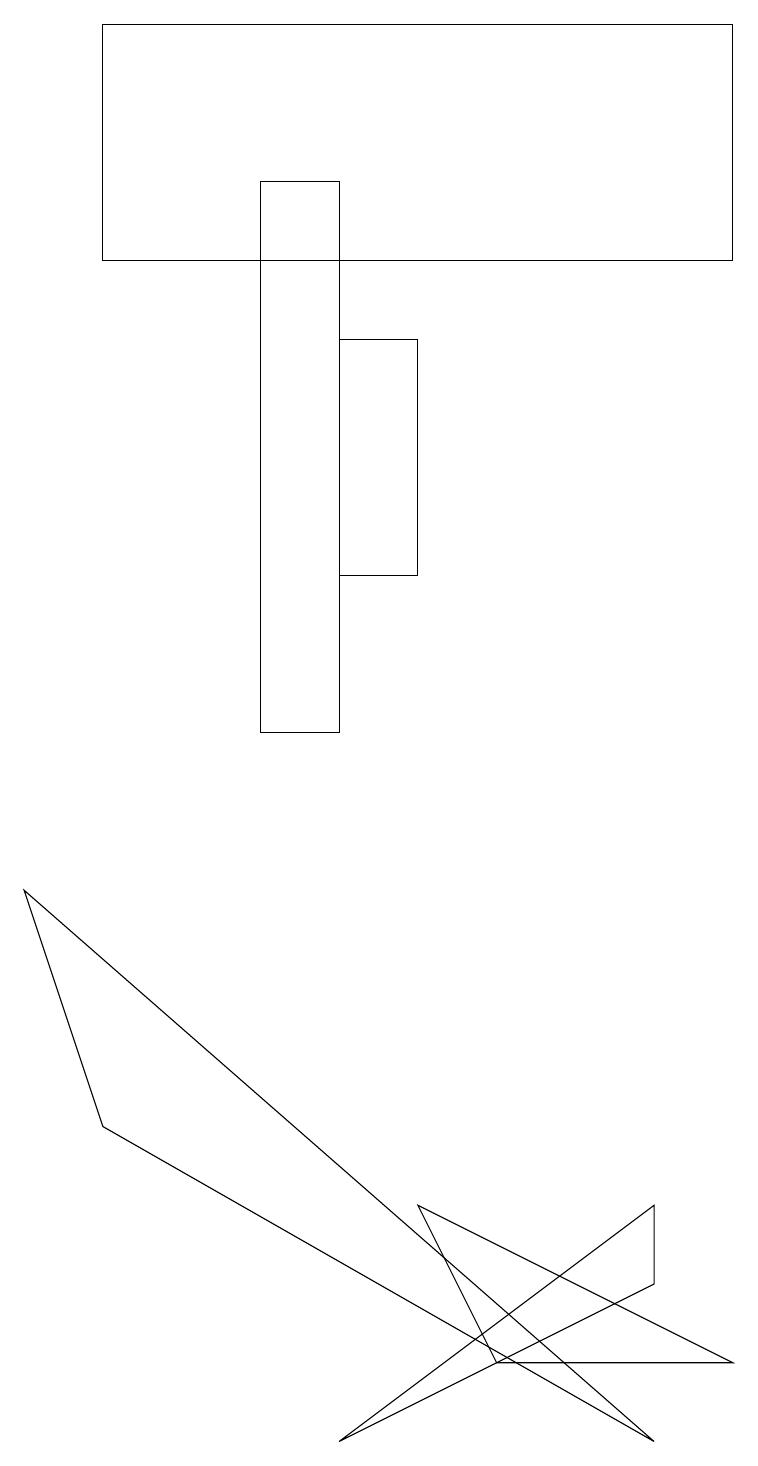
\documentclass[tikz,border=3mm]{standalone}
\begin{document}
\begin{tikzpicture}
\draw (3,10) rectangle (4,17);
\draw (9,19) rectangle (1,16);
\draw (1,5) -- (8,1) -- (0,8) -- cycle;
\draw (6,2) -- (5,4) -- (9,2) -- cycle;
\draw (8,4) -- (8,3) -- (4,1) -- cycle;
\draw (4,15) rectangle (5,12);
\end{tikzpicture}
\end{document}